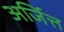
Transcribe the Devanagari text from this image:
अर्जित्त